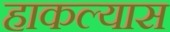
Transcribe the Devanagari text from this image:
हाकल्यास